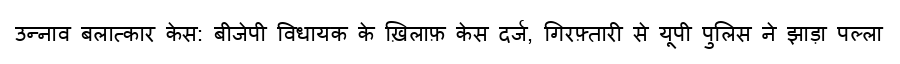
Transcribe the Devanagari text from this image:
उन्नाव बलात्कार केस: बीजेपी विधायक के ख़िलाफ़ केस दर्ज, गिरफ़्तारी से यूपी पुलिस ने झाड़ा पल्ला